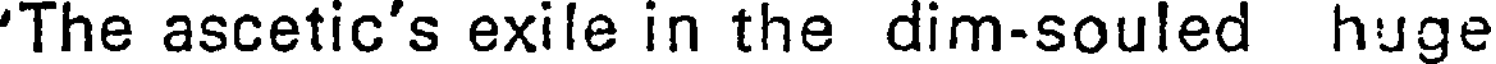
'The ascetic's exile in the dim-souled huge